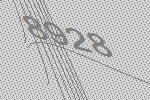
8928